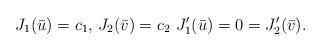
LaTeX: \begin{gather*}J_1(\bar{u})=c_1,\, J_2(\bar{v})=c_2 \,\, J_1'(\bar{u})=0=J_2'(\bar{v}).\end{gather*}